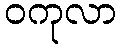
ဝကုလာ